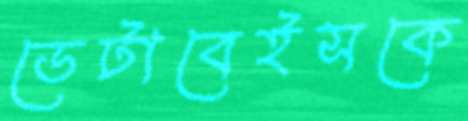
ডেটাবেইসকে